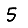
Digit: 5